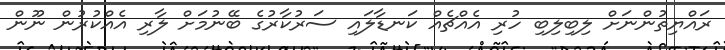
ރައްޔިތުންނަށް ލިބިލިބި ހުރި އެއްޗެއް ކަނޑާލައި ސަރުކާރުގެ ބޭނުމަށް ލާރި އެއްކުރުން ނޫން